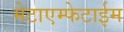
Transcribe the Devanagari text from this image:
मेटाएम्फेटाईम